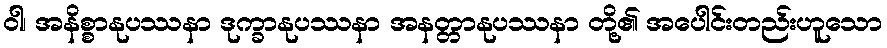
ဝါ၊ အနိစ္စာနုပဿနာ ဒုက္ခာနုပဿနာ အနတ္တာနုပဿနာ တို့၏ အပေါင်းတည်းဟူသော